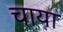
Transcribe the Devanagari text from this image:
चाया